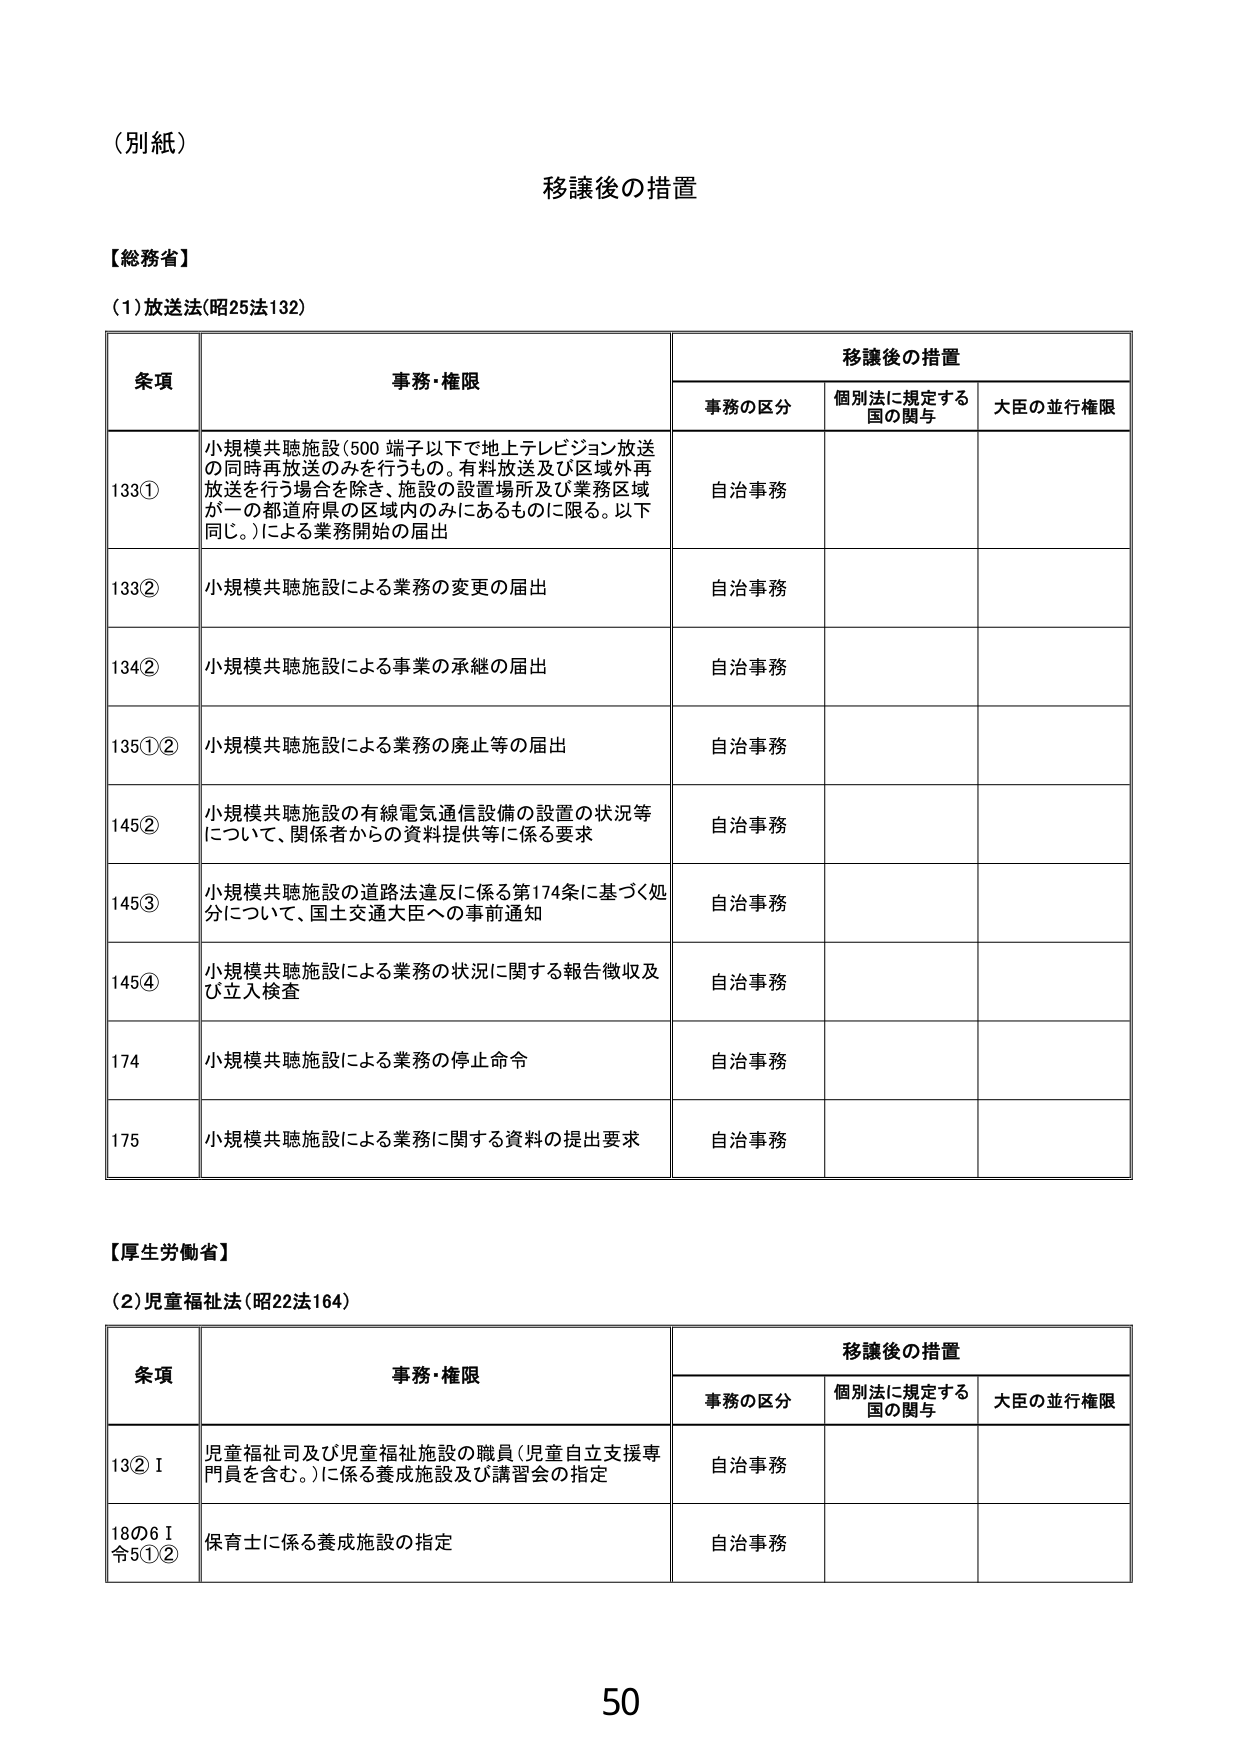
（別紙）

移譲後の措置

【総務省】

（1）放送法（昭25法132）

条項